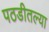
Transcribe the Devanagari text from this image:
पठडीतल्या